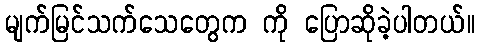
မျက်မြင်သက်သေတွေက ကို ပြောဆိုခဲ့ပါတယ်။